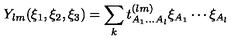
Y _ { l m } ( \xi _ { 1 } , \xi _ { 2 } , \xi _ { 3 } ) = \sum _ { k } t _ { A _ { 1 } \ldots A _ { l } } ^ { ( l m ) } \xi _ { A _ { 1 } } \cdots \xi _ { A _ { l } } \,